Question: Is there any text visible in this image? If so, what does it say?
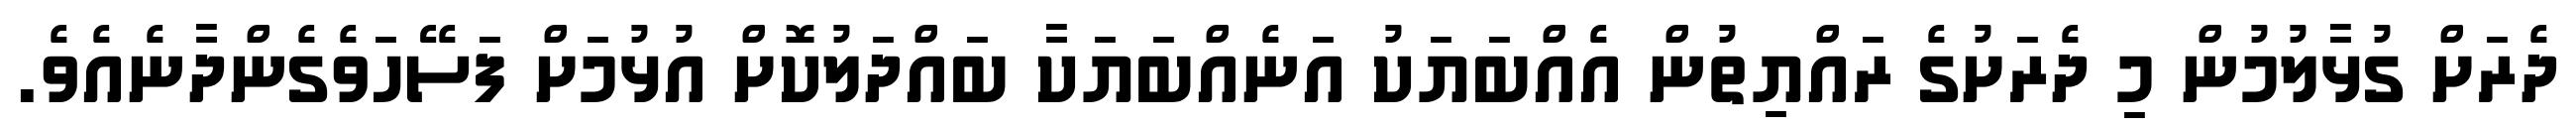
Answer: ދެރަށް ގުޅާލުމުން މި ދެރަށުގެ ރައްޔިތުން އެއްބަޔަކު އަނެއްބަޔަކާ ބައްދަލުކޮށް އުޅުމަށް ފަސޭހަވެގެންދާނެއެވެ.